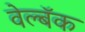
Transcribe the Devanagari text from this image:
वेल्बॅक